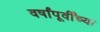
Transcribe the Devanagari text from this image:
वर्षांपूर्वींच्या